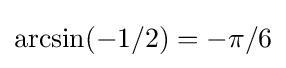
\arcsin(-1/2)=-\pi /6